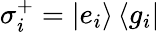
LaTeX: \sigma_{i}^{+}=\left|e_{i}\right\rangle\left\langle g_{i}\right|